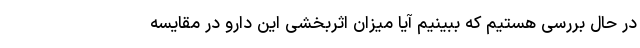
در حال بررسی هستیم که ببینیم آیا میزان اثربخشی این دارو در مقایسه